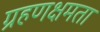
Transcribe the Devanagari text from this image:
ग्रहणक्षमता